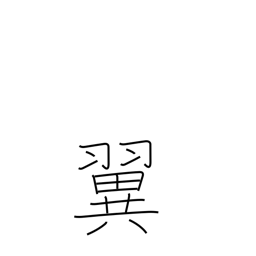
Meaning: wing